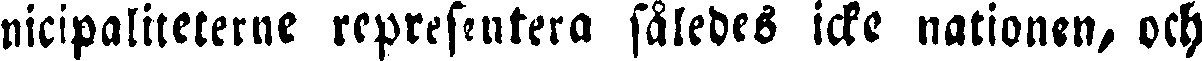
nicipaliteterne representera således icke nationen, och